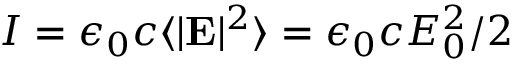
I = \epsilon _ { 0 } c \langle | \mathbf { E } | ^ { 2 } \rangle = \epsilon _ { 0 } c E _ { 0 } ^ { 2 } / 2